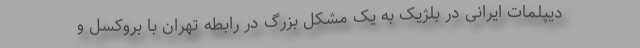
دیپلمات ایرانی در بلژیک به یک مشکل بزرگ در رابطه تهران با بروکسل و